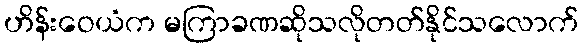
ဟိန်းဝေယံက မကြာခဏဆိုသလိုတတ်နိုင်သလောက်